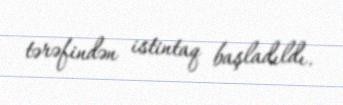
tərəfindən istintaq başladıldı.